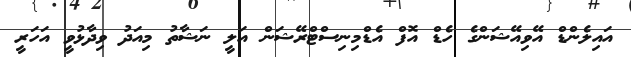
އައިލެންޑް އޭވިއޭޝަންގެ ހެޑް އޮފް އެޑްމިނިސްޓްރޭޝަން އަލީ ނަޝާތު މިއަދު ވިދާޅުވީ އަހަރީ